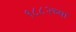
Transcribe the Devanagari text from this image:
१८८२च्या